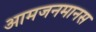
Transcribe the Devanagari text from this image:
आमजनमानस